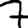
Digit: 7